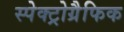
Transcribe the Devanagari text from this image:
स्पेक्ट्रोग्रैफिक